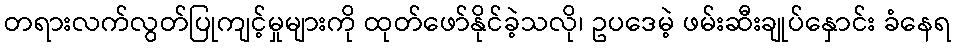
တရားလက်လွတ်ပြုကျင့်မှုများကို ထုတ်ဖော်နိုင်ခဲ့သလို၊ ဥပဒေမဲ့ ဖမ်းဆီးချုပ်နှောင်း ခံနေရ